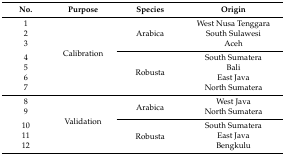
<table><thead><tr><td><b>No.</b></td><td><b>Purpose</b></td><td><b>Species</b></td><td><b>Origin</b></td></tr></thead><tbody><tr><td>1</td><td rowspan="7">Calibration</td><td rowspan="3">Arabica</td><td>West Nusa Tenggara</td></tr><tr><td>2</td><td>South Sulawesi</td></tr><tr><td>3</td><td>Aceh</td></tr><tr><td>4</td><td rowspan="4">Robusta</td><td>South Sumatera</td></tr><tr><td>5</td><td>Bali</td></tr><tr><td>6</td><td>East Java</td></tr><tr><td>7</td><td>North Sumatera</td></tr><tr><td>8</td><td rowspan="5">Validation</td><td rowspan="2">Arabica</td><td>West Java</td></tr><tr><td>9</td><td>North Sumatera</td></tr><tr><td>10</td><td rowspan="3">Robusta</td><td>South Sumatera</td></tr><tr><td>11</td><td>East Java</td></tr><tr><td>12</td><td>Bengkulu</td></tr></tbody></table>